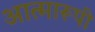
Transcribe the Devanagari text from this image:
आत्मारूपी